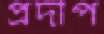
প্রদীপ